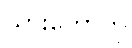
သားတော်ကို